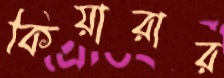
কিয়ারার